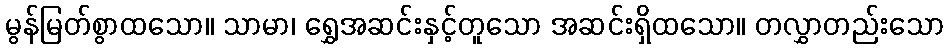
မွန်မြတ်စွာထသော။ သာမာ၊ ရွှေအဆင်းနှင့်တူသော အဆင်းရှိထသော။ တလွှာတည်းသော